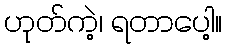
ဟုတ်ကဲ့၊ ရတာပေါ့။